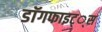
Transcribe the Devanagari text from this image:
डाॅगफाइट््स